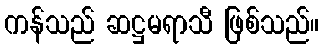
ကန်သည် ဆဋ္ဌမရာသီ ဖြစ်သည်။